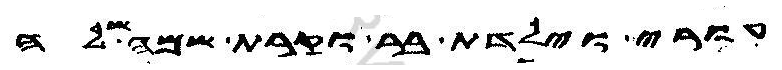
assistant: עורי וילדת בר וקרת שמה שלה